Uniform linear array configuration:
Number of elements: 4
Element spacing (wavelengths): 0.5
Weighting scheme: hamming
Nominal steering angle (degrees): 60
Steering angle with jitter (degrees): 58.918
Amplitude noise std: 0.05
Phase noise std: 0.05

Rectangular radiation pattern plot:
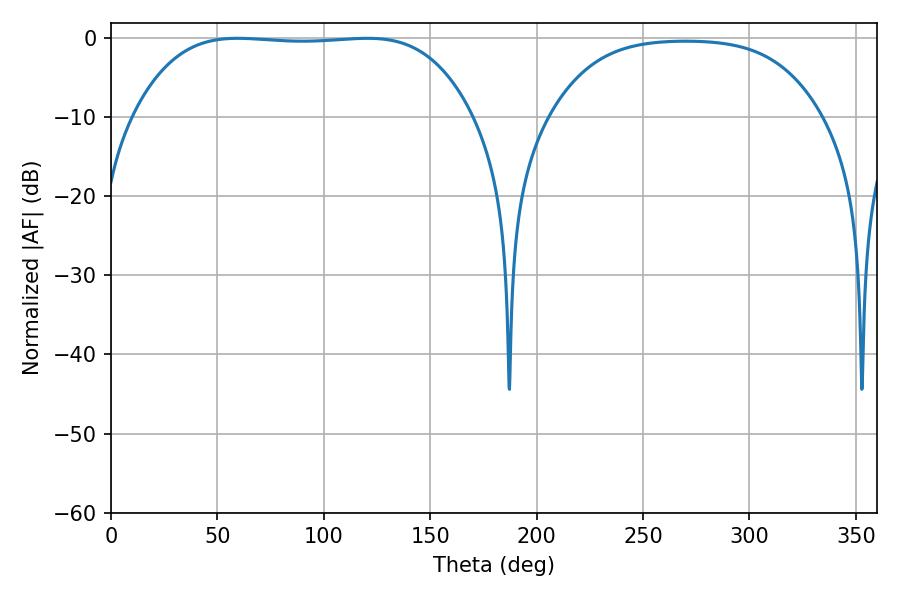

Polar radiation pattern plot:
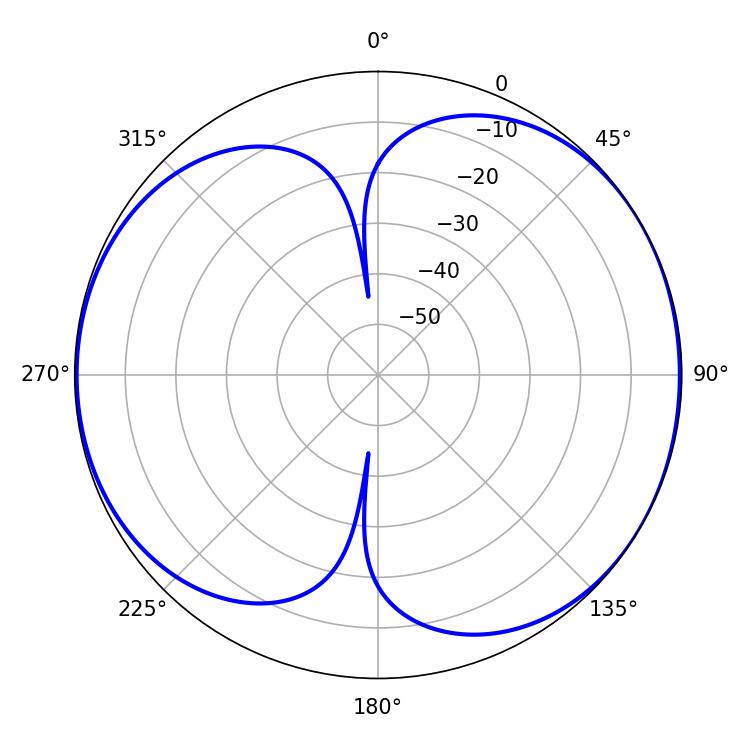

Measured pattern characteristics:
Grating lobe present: FALSE
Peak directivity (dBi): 6.377
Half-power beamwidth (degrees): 123.84
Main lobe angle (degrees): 59.58